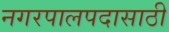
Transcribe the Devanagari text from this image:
नगरपालपदासाठी